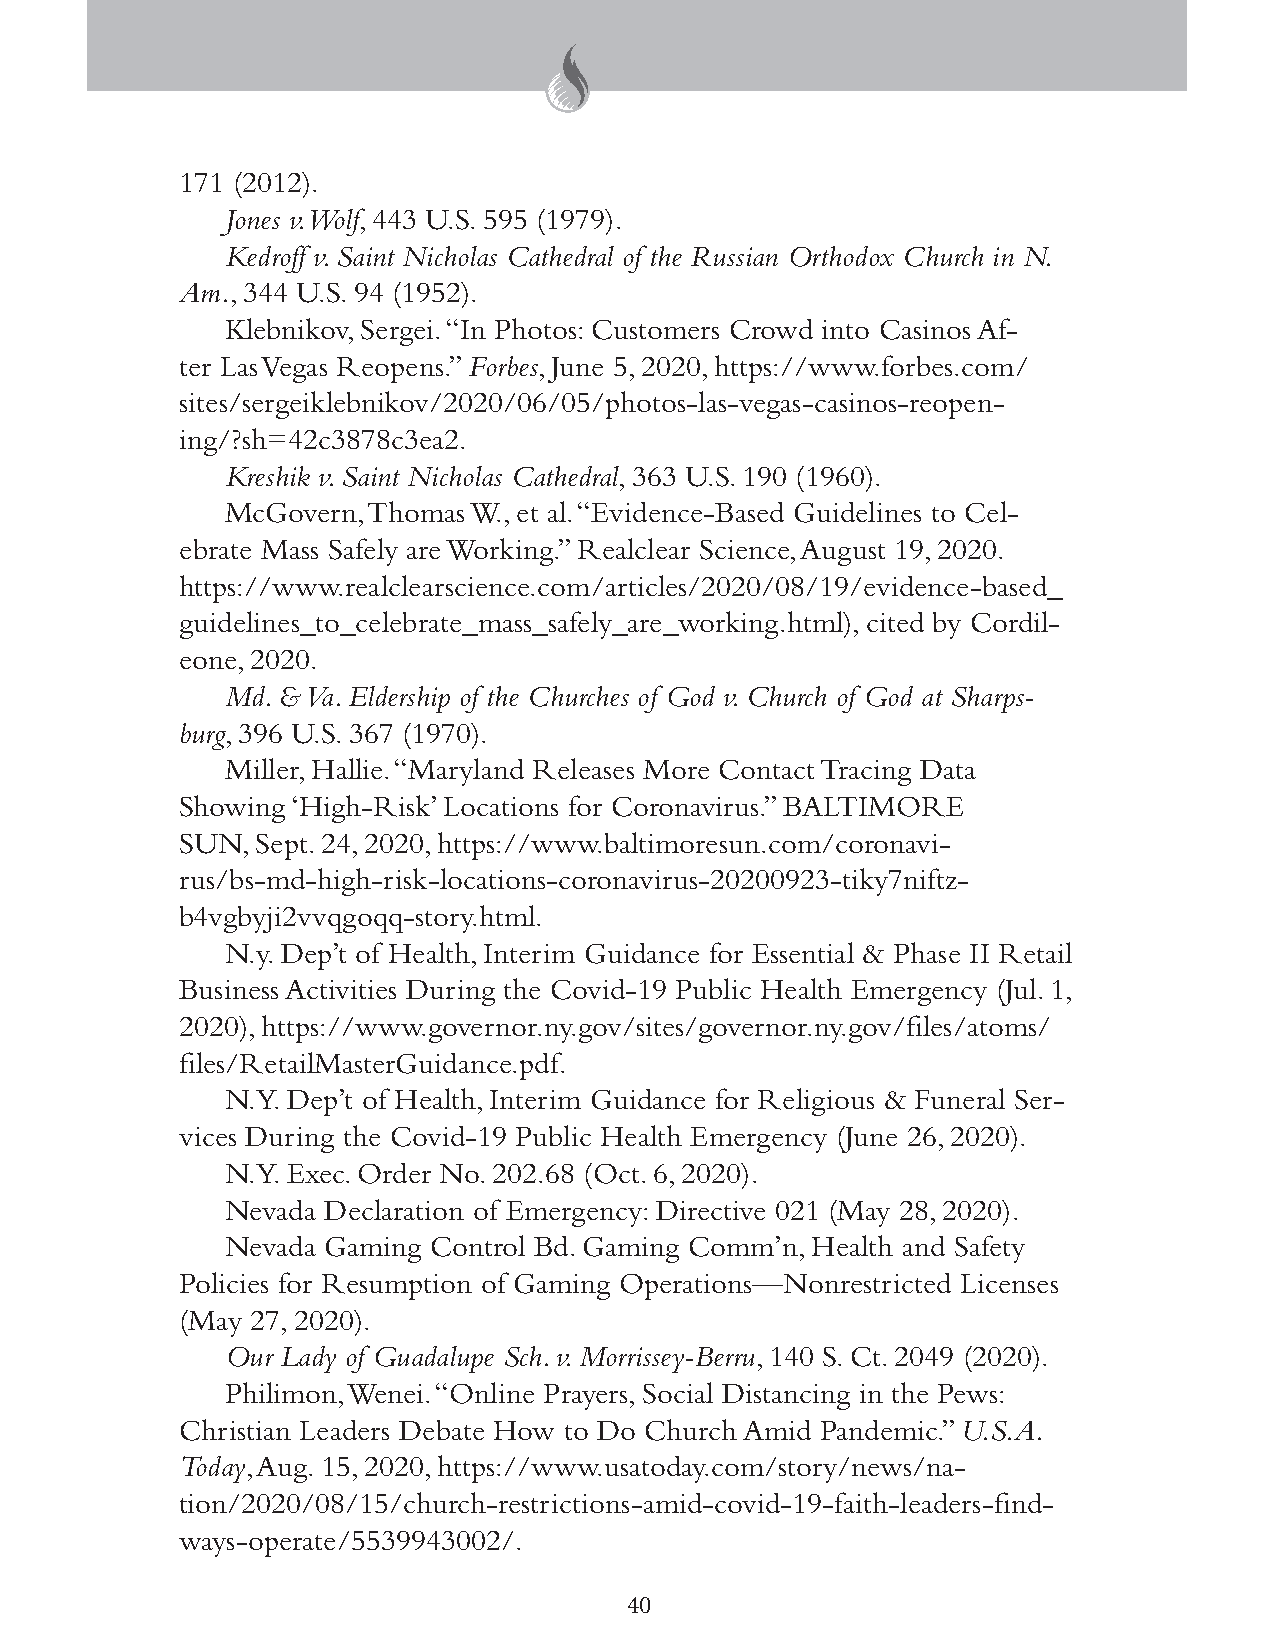
171 (2012).
 Jones v. Wolf, 443 U.S. 595 (1979).
 Kedroff v. Saint Nicholas Cathedral of the Russian Orthodox Church in N.
 Am., 344 U.S. 94 (1952).
 Klebnikov, Sergei. “In Photos: Customers Crowd into Casinos Af-
 ter Las Vegas Reopens.” Forbes, June 5, 2020, https://www.forbes.com/
 sites/sergeiklebnikov/2020/06/05/photos-las-vegas-casinos-reopen-
 ing/?sh=42c3878c3ea2.
 Kreshik v. Saint Nicholas Cathedral, 363 U.S. 190 (1960).
 McGovern, Thomas W., et al. “Evidence-Based Guidelines to Cel-
 ebrate Mass Safely are Working.” Realclear Science, August 19, 2020.
 https://www.realclearscience.com/articles/2020/08/19/evidence-based_
 guidelines_to_celebrate_mass_safely_are_working.html), cited by Cordil-
 eone, 2020.
 Md. & Va. Eldership of the Churches of God v. Church of God at Sharps-
 burg, 396 U.S. 367 (1970).
 Miller, Hallie. “Maryland Releases More Contact Tracing Data
 Showing ‘High-Risk’ Locations for Coronavirus.” BALTIMORE
 SUN, Sept. 24, 2020, https://www.baltimoresun.com/coronavi-
 rus/bs-md-high-risk-locations-coronavirus-20200923-tiky7niftz-
 b4vgbyji2vvqgoqq-story.html.
 N.y. Dep’t of Health, Interim Guidance for Essential & Phase II Retail
 Business Activities During the Covid-19 Public Health Emergency (Jul. 1,
 2020), https://www.governor.ny.gov/sites/governor.ny.gov/files/atoms/
 files/RetailMasterGuidance.pdf.
 N.Y. Dep’t of Health, Interim Guidance for Religious & Funeral Ser-
 vices During the Covid-19 Public Health Emergency (June 26, 2020).
 N.Y. Exec. Order No. 202.68 (Oct. 6, 2020).
 Nevada Declaration of Emergency: Directive 021 (May 28, 2020).
 Nevada Gaming Control Bd. Gaming Comm’n, Health and Safety
 Policies for Resumption of Gaming Operations—Nonrestricted Licenses
 (May 27, 2020).
 Our Lady of Guadalupe Sch. v. Morrissey-Berru, 140 S. Ct. 2049 (2020).
 Philimon, Wenei. “Online Prayers, Social Distancing in the Pews:
 Christian Leaders Debate How to Do Church Amid Pandemic.” U.S.A.
 Today, Aug. 15, 2020, https://www.usatoday.com/story/news/na-
 tion/2020/08/15/church-restrictions-amid-covid-19-faith-leaders-find-
 ways-operate/5539943002/.
 40